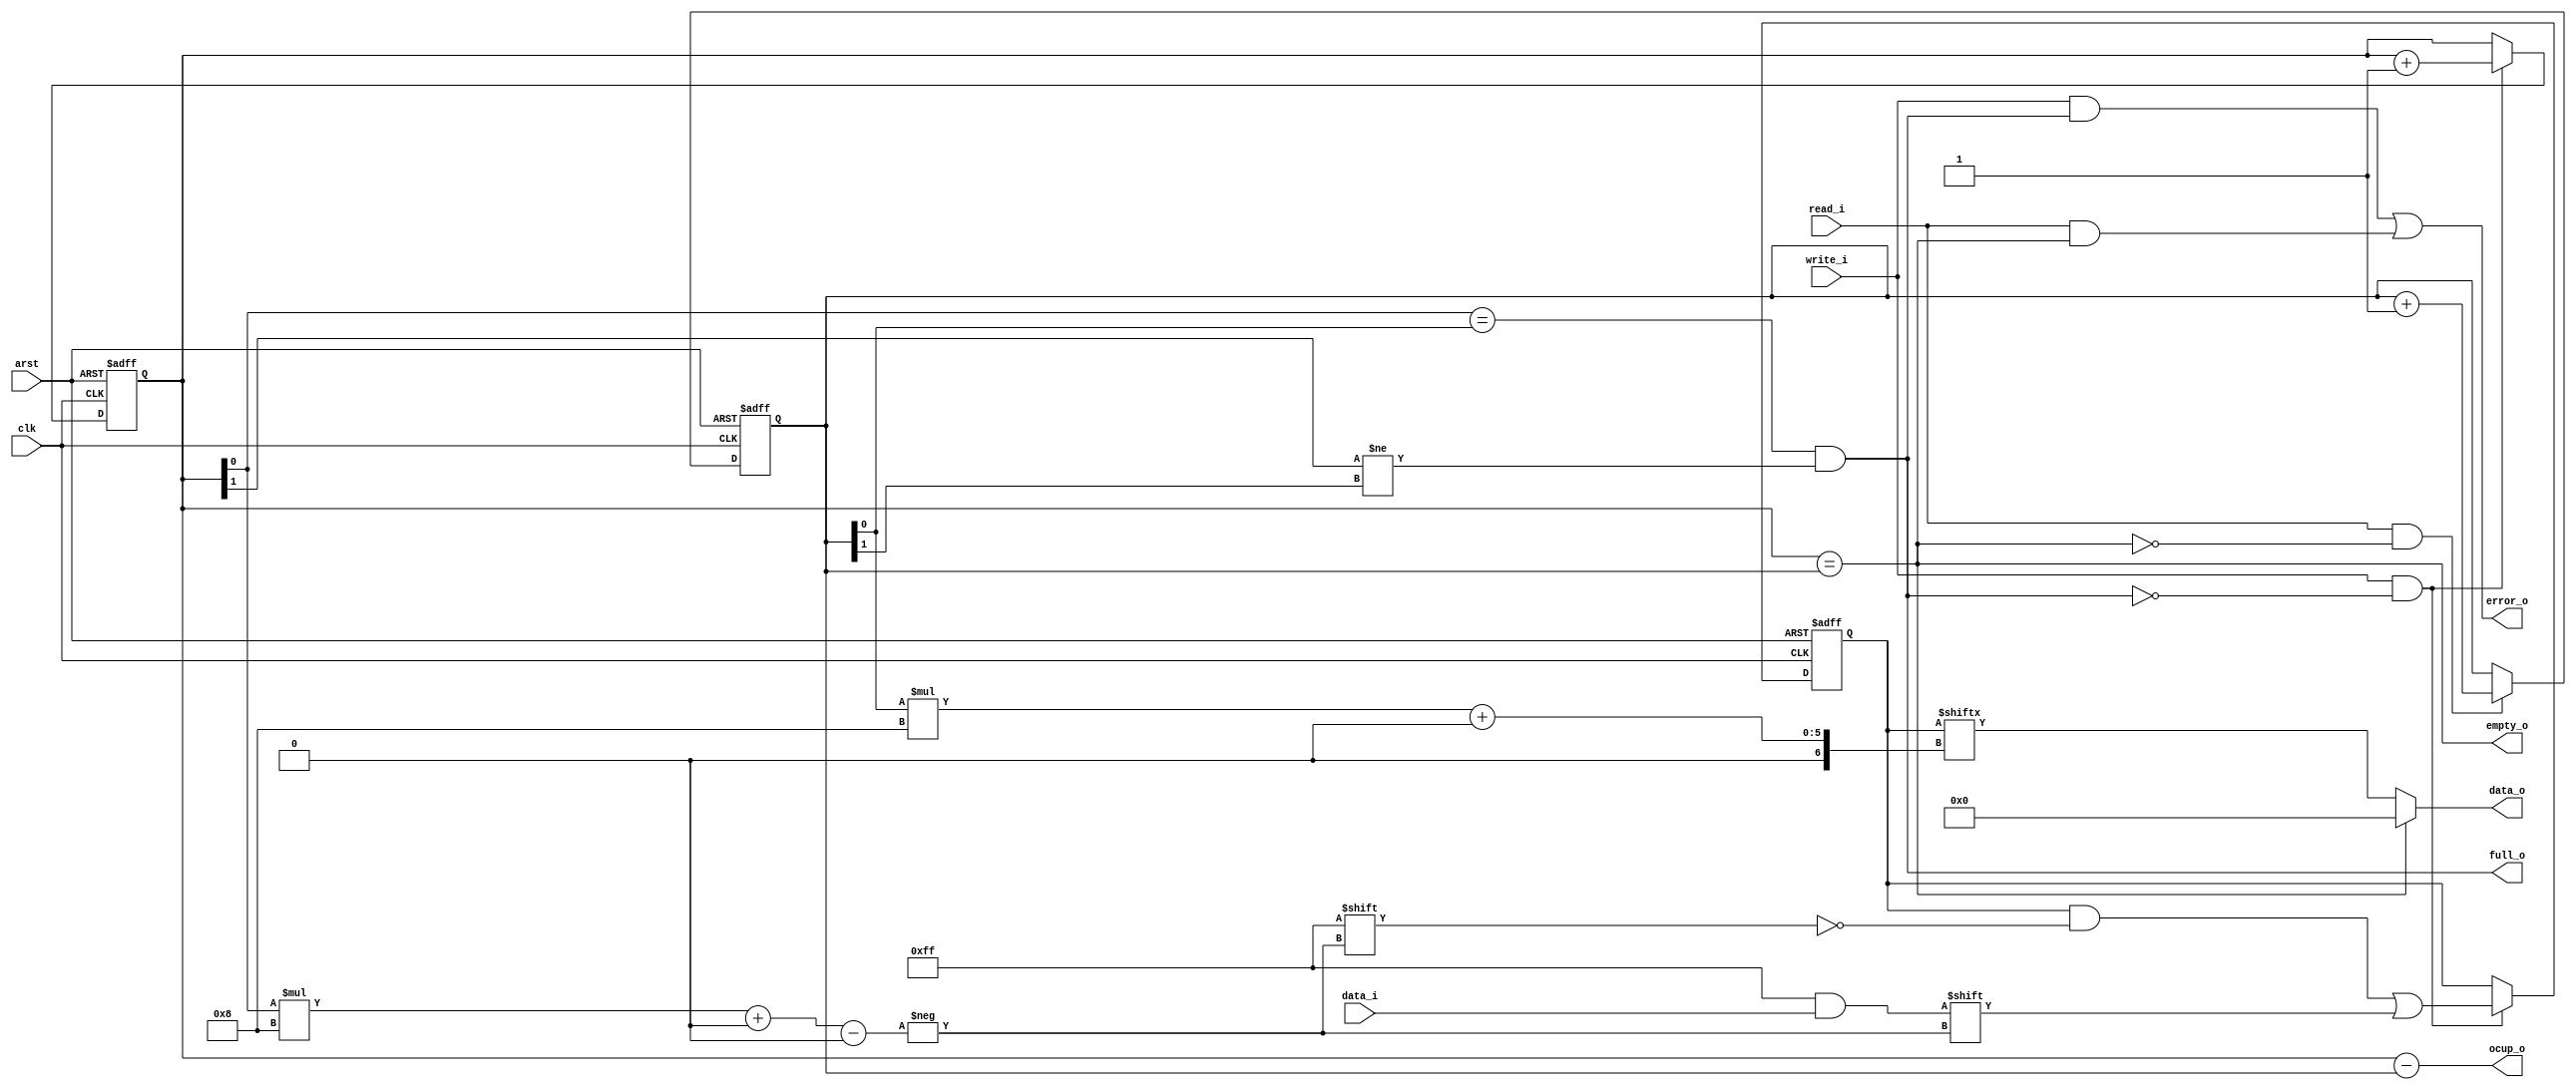
module fifo (
	clk,
	arst,
	write_i,
	read_i,
	data_i,
	data_o,
	error_o,
	full_o,
	empty_o,
	ocup_o
);
	parameter signed [31:0] SLOTS = 2;
	parameter signed [31:0] WIDTH = 8;
	input clk;
	input arst;
	input write_i;
	input read_i;
	input [WIDTH - 1:0] data_i;
	output reg [WIDTH - 1:0] data_o;
	output reg error_o;
	output reg full_o;
	output reg empty_o;
	output reg [$clog2((SLOTS > 1 ? SLOTS : 2)):0] ocup_o;
	reg [(SLOTS * WIDTH) - 1:0] fifo_ff;
	reg [$clog2((SLOTS > 1 ? SLOTS : 2)):0] write_ptr_ff;
	reg [$clog2((SLOTS > 1 ? SLOTS : 2)):0] read_ptr_ff;
	reg [$clog2((SLOTS > 1 ? SLOTS : 2)):0] next_write_ptr;
	reg [$clog2((SLOTS > 1 ? SLOTS : 2)):0] next_read_ptr;
	reg [$clog2((SLOTS > 1 ? SLOTS : 2)):0] fifo_ocup;
	always @(*) begin
		next_read_ptr = read_ptr_ff;
		next_write_ptr = write_ptr_ff;
		if (SLOTS == 1) begin
			empty_o = write_ptr_ff == read_ptr_ff;
			full_o = write_ptr_ff[0] != read_ptr_ff[0];
			data_o = (empty_o ? {WIDTH {1'sb0}} : fifo_ff[0+:WIDTH]);
		end
		else begin
			empty_o = write_ptr_ff == read_ptr_ff;
			full_o = (write_ptr_ff[$clog2((SLOTS > 1 ? SLOTS : 2)) - 1:0] == read_ptr_ff[$clog2((SLOTS > 1 ? SLOTS : 2)) - 1:0]) && (write_ptr_ff[$clog2((SLOTS > 1 ? SLOTS : 2))] != read_ptr_ff[$clog2((SLOTS > 1 ? SLOTS : 2))]);
			data_o = (empty_o ? {WIDTH {1'sb0}} : fifo_ff[read_ptr_ff[$clog2((SLOTS > 1 ? SLOTS : 2)) - 1:0] * WIDTH+:WIDTH]);
		end
		if (write_i && ~full_o)
			next_write_ptr = write_ptr_ff + 'd1;
		if (read_i && ~empty_o)
			next_read_ptr = read_ptr_ff + 'd1;
		error_o = (write_i && full_o) || (read_i && empty_o);
		fifo_ocup = write_ptr_ff - read_ptr_ff;
		ocup_o = fifo_ocup;
	end
	always @(posedge clk or posedge arst)
		if (arst) begin
			write_ptr_ff <= 1'sb0;
			read_ptr_ff <= 1'sb0;
			fifo_ff <= 1'sb0;
		end
		else begin
			write_ptr_ff <= next_write_ptr;
			read_ptr_ff <= next_read_ptr;
			if (write_i && ~full_o)
				if (SLOTS == 1)
					fifo_ff[0+:WIDTH] <= data_i;
				else
					fifo_ff[write_ptr_ff[$clog2((SLOTS > 1 ? SLOTS : 2)) - 1:0] * WIDTH+:WIDTH] <= data_i;
		end
	initial begin
		begin : illegal_fifo_slot
			
		end
		begin : min_fifo_size
			
		end
	end
endmodule